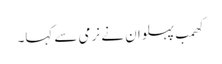
کھمب پہلوان نے نرمی سے کہا۔